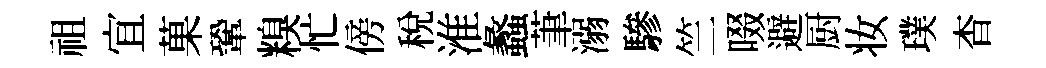
祖宜菓鞏糗忙傍税淮蠡茟溺驂竺啜避厨妆璞杳